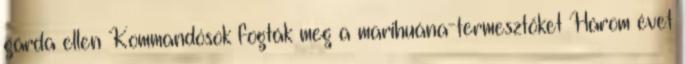
gárda ellen Kommandósok fogták meg a marihuána-termesztőket Három évet